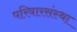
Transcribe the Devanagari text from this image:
परिवारसंस्था